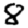
Digit: 8